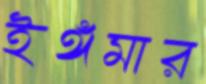
ইঙ্গমার